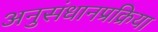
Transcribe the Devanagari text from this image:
अनुसंधानप्रक्रिया